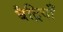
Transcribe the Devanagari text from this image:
बैट्रियाँ